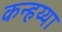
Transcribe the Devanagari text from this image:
कन्हय्या